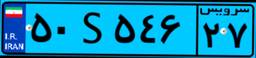
۹۲S۸۳۷۳۲